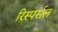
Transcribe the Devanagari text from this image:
रिस्पर्सल